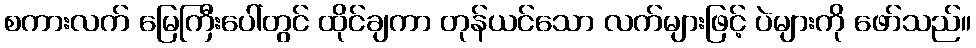
စကားလက် မြေကြီးပေါ်တွင် ထိုင်ချကာ တုန်ယင်သော လက်များဖြင့် ပဲများကို ဖော်သည်။